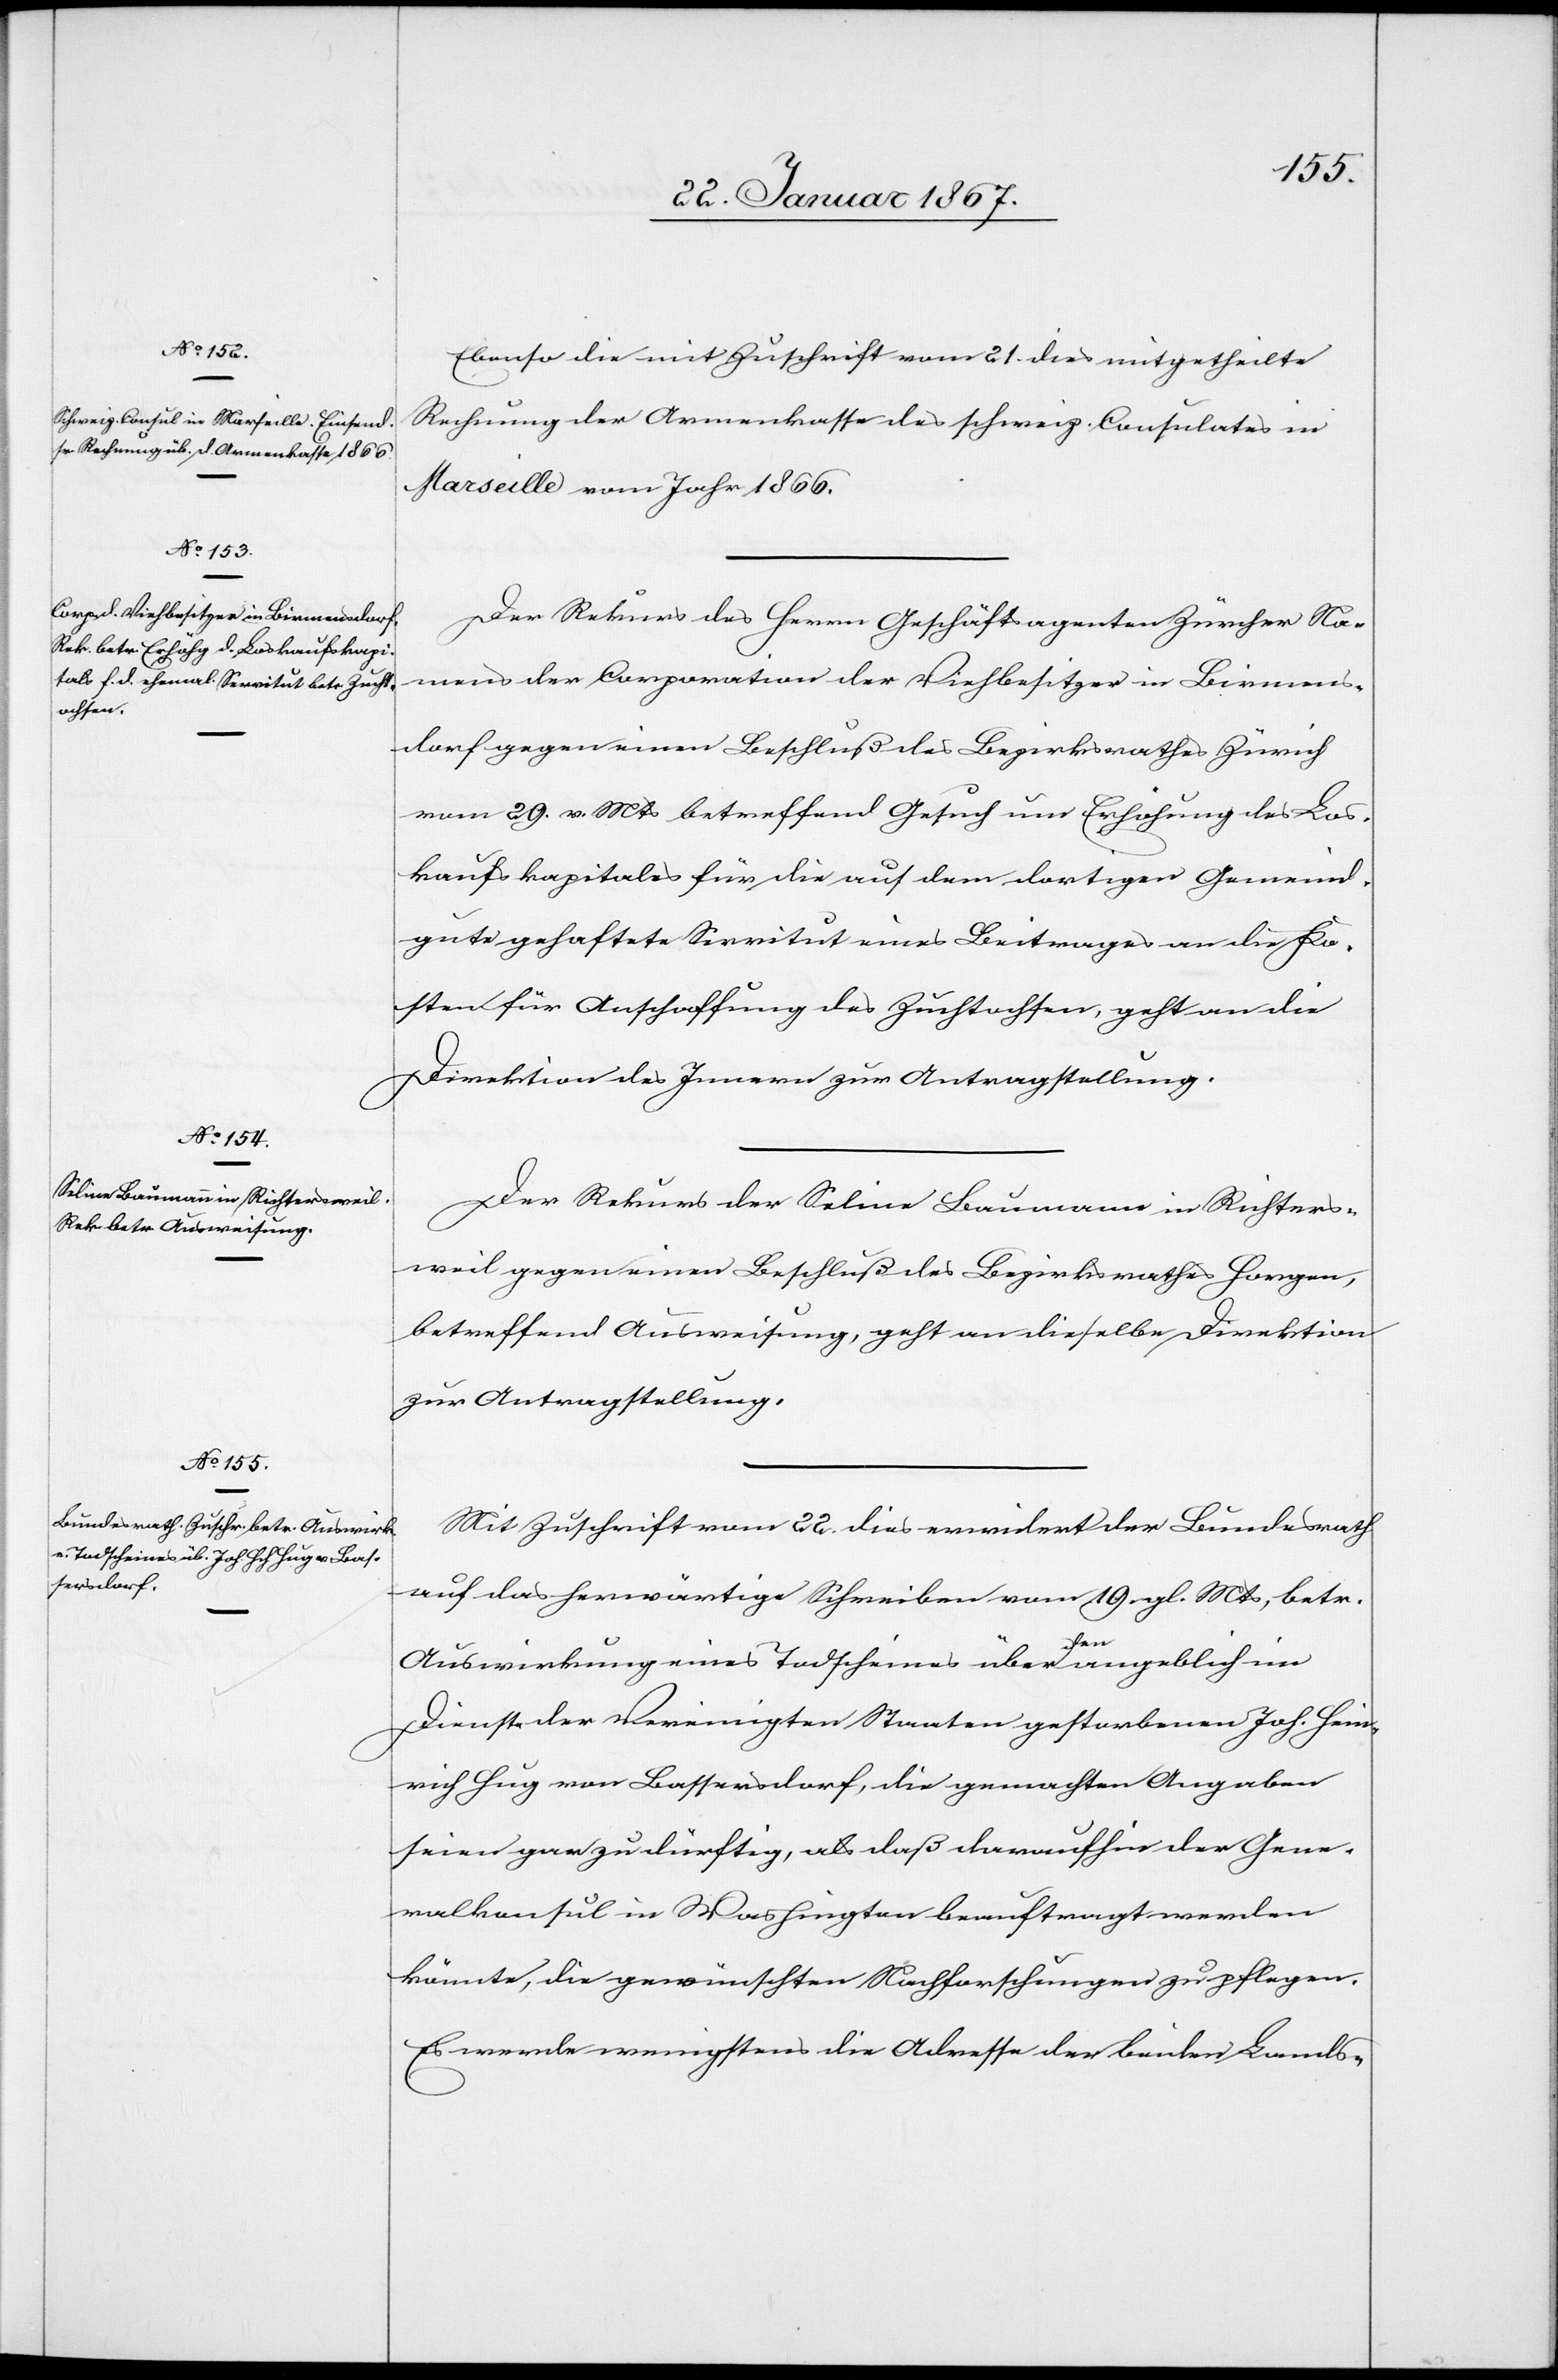
24. Januar 1867]
Ebenso die mit Zuschrift vom 21. dies mitgetheilte
Rechnung der Armenkasse des schweiz. Consulates in
Marseille vom Jahr 1866.
Der Rekurs des Herrn Geschäftsagenten Zürcher Na¬
mens der Corporation der Viehbesitzer in Birmens¬
dorf gegen einen Beschluß des Bezirksrathes Zürich
vom 29. v. Mts betreffend Gesuch um Erhöhung des Los¬
kaufskapitals für die auf dem dortigen Gemeind¬
gute gehaftete Servitut eines Beitrages an die Ko¬
sten für Anschaffung des Zuchtochsen, geht an die
Direktion des Innern zur Antragstellung.
Der Rekurs der Seline Baumann in Richters¬
weil gegen einen Beschluß des Bezirksrathes Horgen,
betreffend Ausweisung, geht an dieselbe Direktion
zur Antragstellung.
Mit Zuschrift vom 22. dies erwidert der Bundesrath
auf das herwärtige Schreiben vom 19. gl. Mts, betr.
Auswirkung eines Todscheines über den angeblich im
Dienst der Vereinigten Staaten gestorbenen Joh. Hein¬
rich Hug von Bassersdorf, die gemachten Angaben
seien gar zu dürftig, als daß daraufhin der Gene¬
ralkonsul in Washington beauftragt werden
könnte, die gewünschten Nachforschungen zu pflegen.
Es werde wenigstens die Adresse der beiden Lands-